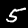
Digit: 5